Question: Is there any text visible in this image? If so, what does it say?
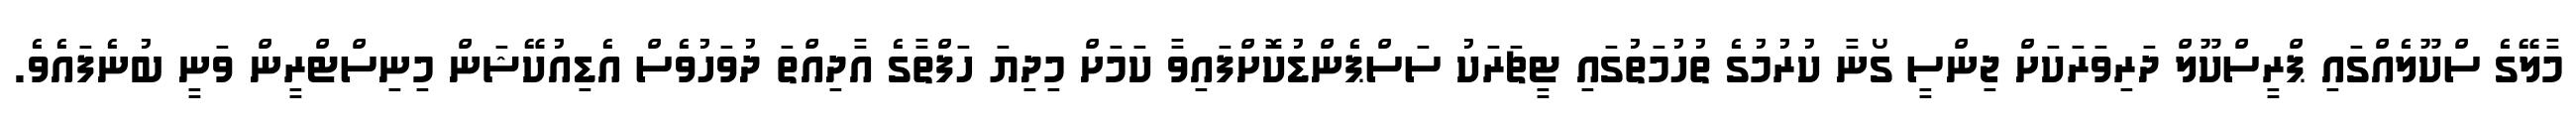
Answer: މާލޭގެ ސްކޫލެއްގައި ޕްރީސްކޫލް ދަރިވަރަކަށް ޖިންސީ ގޯނާ ކުރުމުގެ ތުހުމަތުގައި ޓީޗަރަކު ސަސްޕެންޑުކޮށްފައިވާ ކަމަށް މިދިޔަ ހަފްތާގެ އާދިއްތަ ދުވަހުވެސް އެޑިއުކޭޝަން މިނިސްޓްރީން ވަނީ ބުނެފައެވެ.